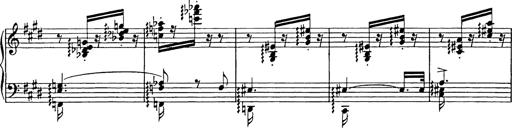
Title: Consolations
Composer: Franz Liszt